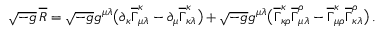
\begin{array} { r } { \sqrt { - g } \, \overline { { R } } = \sqrt { - g } g ^ { \mu \lambda } \bigl ( \partial _ { \kappa } \overline { { \Gamma } } _ { \mu \lambda } ^ { \kappa } - \partial _ { \mu } \overline { { \Gamma } } _ { \kappa \lambda } ^ { \kappa } \bigr ) + \sqrt { - g } g ^ { \mu \lambda } \bigl ( \overline { { \Gamma } } _ { \kappa \rho } ^ { \kappa } \overline { { \Gamma } } _ { \mu \lambda } ^ { \rho } - \overline { { \Gamma } } _ { \mu \rho } ^ { \kappa } \overline { { \Gamma } } _ { \kappa \lambda } ^ { \rho } \bigr ) \, . } \end{array}